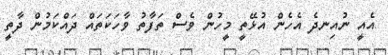
އެއީ ނުއިނދެ އެހެން އުޅޭތީ މީހުން ވެސް ތަފާތު ވާހަކަތައް ދައްކަމުން ދާތީ